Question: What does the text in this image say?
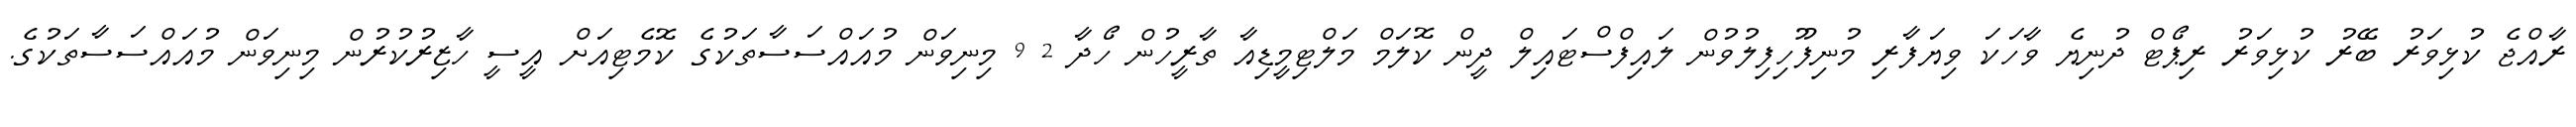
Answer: ރާއްޖެ ކުޅިވަރު ބޭރު ކުޅިވަރު ރިޕޯޓް ދުނިޔެ ވާހަކަ ވިޔަފާރި މުނިފޫހިފިލުވުން ލައިފްސްޓައިލް ދީން ކޮލަމް މަލްޓިމީޑިއާ ތާރީހުން ހޯދާ 2 9 މިނިވަން މުއައްސަސާތަކުގެ ކޮމެޓިއަށް އީސީ ހާޒިރުކުރުން މިނިވަން މުއައްސަސާތަކުގެ.